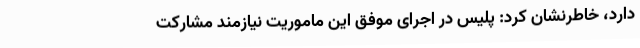
دارد، خاطرنشان کرد: پلیس در اجرای موفق این ماموریت نیازمند مشارکت